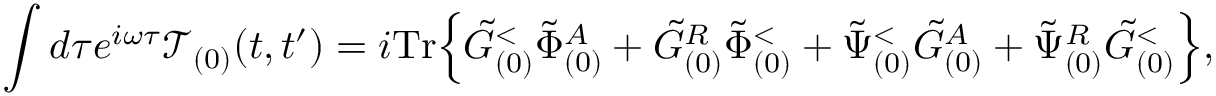
\int d \tau e ^ { i \omega \tau } \mathcal { T } _ { ( 0 ) } ( t , t ^ { \prime } ) = i \mathrm { T r } \Big \{ \tilde { G } _ { ( 0 ) } ^ { < } \tilde { \Phi } _ { ( 0 ) } ^ { A } + \tilde { G } _ { ( 0 ) } ^ { R } \tilde { \Phi } _ { ( 0 ) } ^ { < } + \tilde { \Psi } _ { ( 0 ) } ^ { < } \tilde { G } _ { ( 0 ) } ^ { A } + \tilde { \Psi } _ { ( 0 ) } ^ { R } \tilde { G } _ { ( 0 ) } ^ { < } \Big \} ,